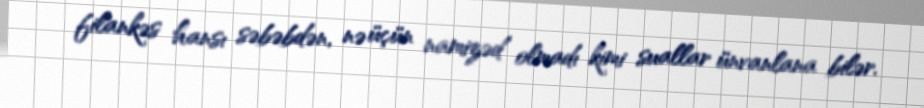
filankəs hansı səbəbdən, nə üçün namizəd olmadı kimi suallar ünvanlana bilər.